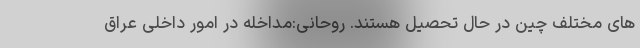
های مختلف چین در حال تحصیل هستند. روحانی:مداخله در امور داخلی عراق